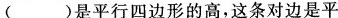
()是平行四边形的高，这条对边是平